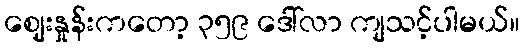
ဈေးနှုန်းကတော့ ၃၅၉ ဒေါ်လာ ကျသင့်ပါမယ်။